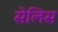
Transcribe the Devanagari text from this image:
सेलिस